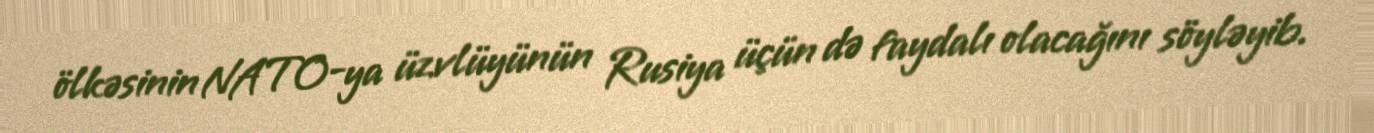
ölkəsinin NATO-ya üzvlüyünün Rusiya üçün də faydalı olacağını söyləyib.